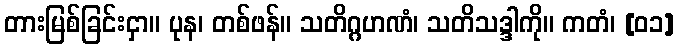
တားမြစ်ခြင်းငှာ။ ပုန၊ တစ်ဖန်။ သတိဂ္ဂဟဏံ၊ သတိသဒ္ဒါကို။ ကတံ၊ [၀၁]